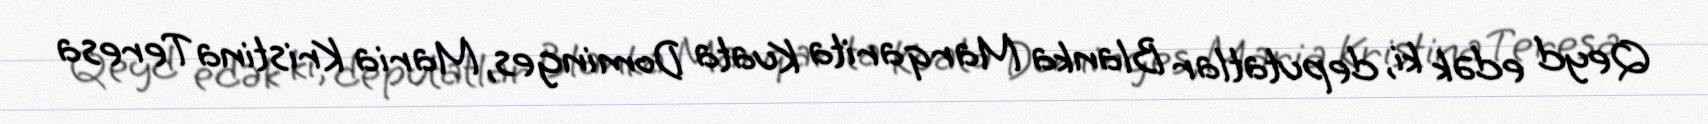
Qeyd edək ki, deputatlar Blanka Marqarita Kuata Dominges, Maria Kristina Teresa